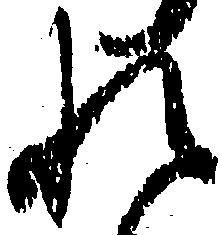
れ